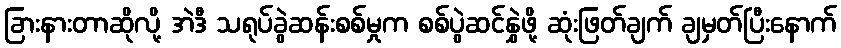
ခြားနားတာဆိုလို့ အဲဒီ သရုပ်ခွဲဆန်းစစ်မှုက စစ်ပွဲဆင်နွှဲဖို့ ဆုံးဖြတ်ချက် ချမှတ်ပြီးနောက်